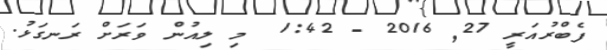
ފެބްރުއަރީ 27